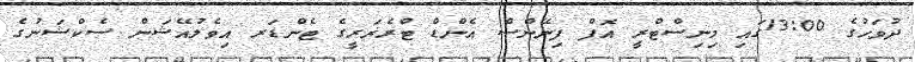
ދުވަހުގެ 13:00ގައި މިނިސްޓްރީ އޮފް ފިނޭންސް އެންޑް ޓްރެޜަރީގެ ޓެންޑަރ އިވެލުއޭޝަން ސެކްޝަނުގެ